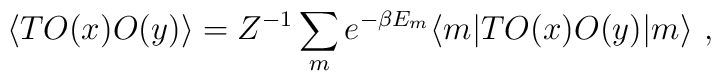
\langle T O(x) O(y) \rangle = Z^{-1}\sum_m e^{-\beta E_m} \langle m|T O(x) O(y)| m \rangle ~,